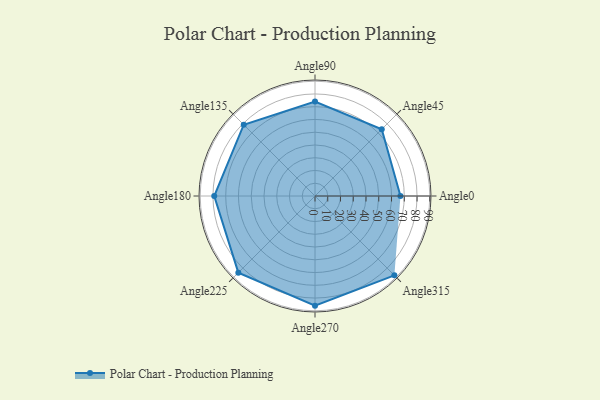
{"axis": {"x": "Angle", "y": "Radius"}, "legend": [""], "data": [{"x": "Angle0", "y": 67.0, "type": ""}, {"x": "Angle45", "y": 74.0, "type": ""}, {"x": "Angle90", "y": 74.0, "type": ""}, {"x": "Angle135", "y": 79.0, "type": ""}, {"x": "Angle180", "y": 79.0, "type": ""}, {"x": "Angle225", "y": 85.0, "type": ""}, {"x": "Angle270", "y": 86.0, "type": ""}, {"x": "Angle315", "y": 88.0, "type": ""}]}